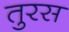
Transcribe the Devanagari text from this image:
तुरस